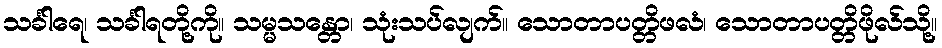
သင်္ခါရေ၊ သင်္ခါရတို့ကို။ သမ္မသန္တော၊ သုံးသပ်လျက်။ သောတာပတ္တိဖလံ၊ သောတာပတ္တိဖိုလ်သို့။